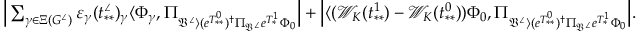
\begin{array} { r l } & { \Big | \sum _ { \gamma \in \Xi ( G ^ { \angle } ) } \varepsilon _ { \gamma } ( t _ { * * } ^ { \angle } ) _ { \gamma } \langle \Phi _ { \gamma } , \Pi _ { \mathfrak { V } ^ { \angle } \rangle ( e ^ { T _ { * * } ^ { 0 } } ) ^ { \dag } \Pi _ { \mathfrak { V } ^ { \angle } } e ^ { T _ { * } ^ { 1 } } \Phi _ { 0 } } \Big | + \Big | \langle ( \mathcal { W } _ { K } ( t _ { * * } ^ { 1 } ) - \mathcal { W } _ { K } ( t _ { * * } ^ { 0 } ) ) \Phi _ { 0 } , \Pi _ { \mathfrak { V } ^ { \angle } \rangle ( e ^ { T _ { * * } ^ { 0 } } ) ^ { \dag } \Pi _ { \mathfrak { V } ^ { \angle } } e ^ { T _ { * } ^ { 1 } } \Phi _ { 0 } } \Big | . } \end{array}